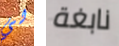
لي نابغة